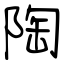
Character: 陶